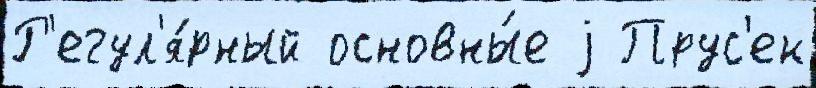
Р'егул'я́рный основны́е j Прус'ек